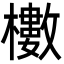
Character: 櫢